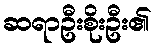
ဆရာဦးစိုးဦး၏